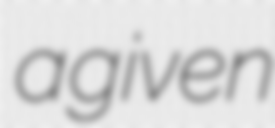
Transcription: a given